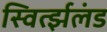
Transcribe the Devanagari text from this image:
स्विर्त्झलंड